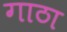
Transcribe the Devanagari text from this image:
गाठा